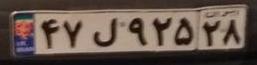
۴۷ل۹۲۵۲۸